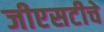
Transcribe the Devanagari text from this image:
जीएसटीचे